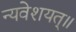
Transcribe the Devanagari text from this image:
न्यवेशयत्॥